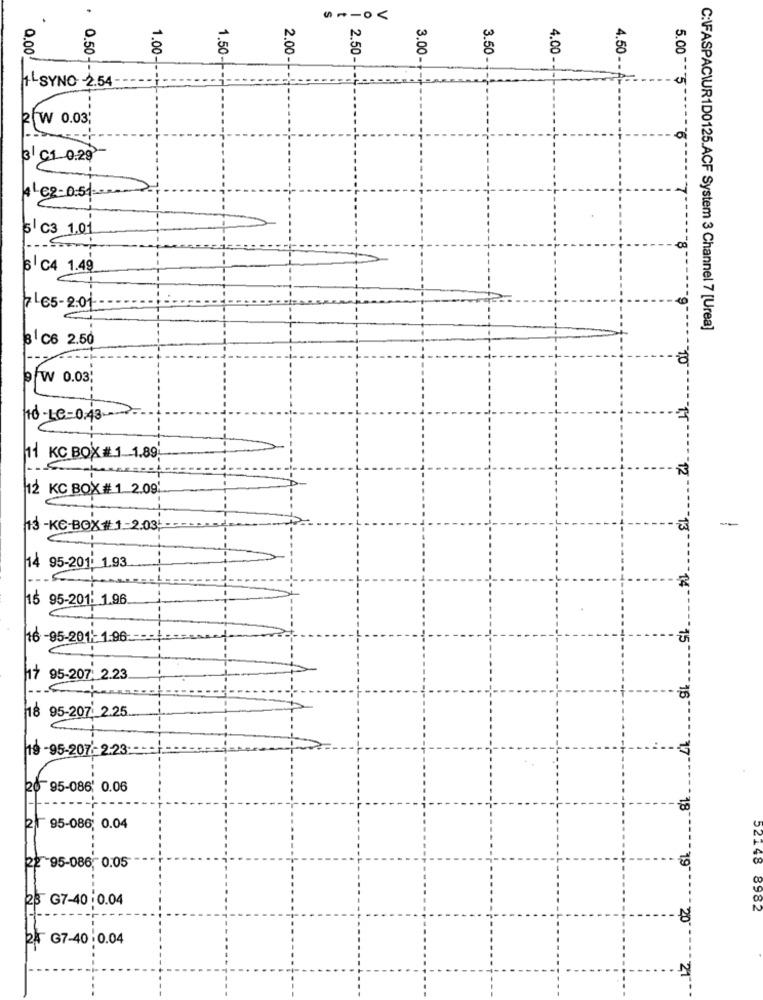
.
V
0
N
0.00
1.00
2.00
2.50
3.50
8
1.50-
3.00-
4.00-
4.50 - - A
1-SYNO 2.54
2 W 0.03;
3 C1 0.29
4Le2-0:51
$1 C3 1.01
6 C4 1.49
7165-2.01
C:\FASPACWUR1D0125.ACF System 3 Channel 7 [Urea]
8 C6 2.50
9 W 0.03
10 -Le=0,43 ---- >
11 KC BOX # 1 1.89
12 KC BOX# 1.2.09
-
13 -KC-BOX# 1 .- 2.03;
13"
14 95-201: 1.93
14
15 95-201: 1.96
16 -95-201'- 1:96
15
17 95-207: 2.23
16
18 95-207 2.25
19 -95-207-2:23:
20 95-086' 0.06
18
21 95-086; 0.04
52148
22 95-086, 0.05
25 G7-40:0.04
8982
20"
24 G7-40:0.04